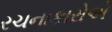
રચનાકારોએ